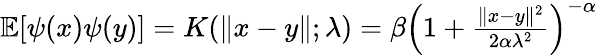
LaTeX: \begin{array}{r}{{\mathbb{E}}[\psi(x)\psi(y)]=K(\| x-y\| ;\lambda)=\beta\left(1+\frac{\| x-y\| ^{2}}{2\alpha\lambda^{2}}\right)^{-\alpha}}\end{array}